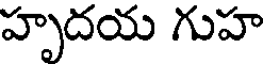
హృదయ గుహ